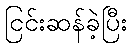
ငြင်းဆန်ခဲ့ပြီး